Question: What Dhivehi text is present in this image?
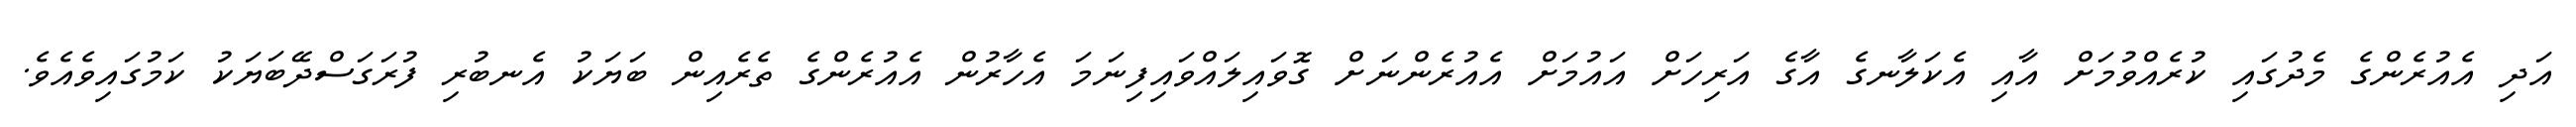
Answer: އަދި އެއުރެންގެ މެދުގައި ކުރެއްވުމަށް އާއި އެކަލާނގެ އާގެ އަރިހަށް އައުމަށް އެއުރެންނަށް ގޮވައިލައްވައިފިނަމަ އެހާރުން އެއުރެންގެ ތެރެއިން ބަޔަކު އެނބުރި ފުރަގަސްދޭބަޔަކު ކަމުގައިވެއެވެ.